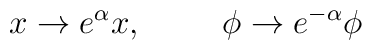
x \rightarrow e^\alpha x, \hspace{1cm} \phi \rightarrow e^{- \alpha} \phi